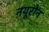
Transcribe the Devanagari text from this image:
नयूरोन